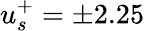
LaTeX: u_{s}^{+}=\pm 2.25